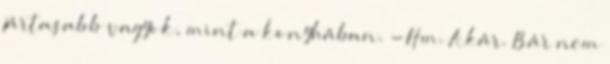
jártasabb vagyok, mint a konyhában. -Hm. Akár. Bár nem